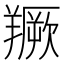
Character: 𦏅